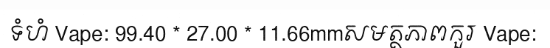
ទំហំ Vape: 99.40 * 27.00 * 11.66mmសមត្ថភាពកួរ Vape: